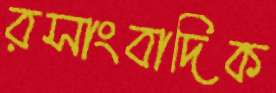
রসাংবাদিক